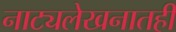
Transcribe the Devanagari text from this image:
नाट्यलेखनातही